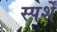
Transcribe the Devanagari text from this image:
स्पर्शें